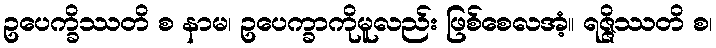
ဥပေက္ခိဿတိ စ နာမ၊ ဥပေက္ခာကိုမူလည်း ဖြစ်စေလအံ့။ ရဇ္ဇိဿတိ စ၊